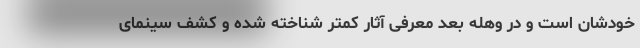
خودشان است و در وهله بعد معرفی آثار کمتر شناخته شده و کشف سینمای